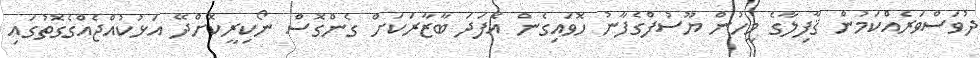
ދުވަސްވަރެއްކަމުން ޤާފިލާގެ މީހުން ޔޫސުފްގެފާނު ހޮވައިގެން އެފަދަ ބާޒާރަކަށް ގެންގޮސް ނޯކިރީކޮށްދޭ އަޅުކުއްޖެއްގެގޮތުގައި